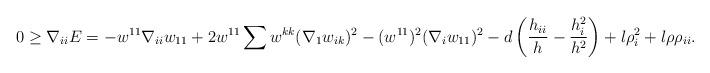
LaTeX: \begin{align*}0\geq \nabla_{ii}E&=-w^{11}\nabla_{ii}w_{11}+2w^{11}\sum w^{kk}(\nabla_{1}w_{ik})^{2}-(w^{11})^{2}(\nabla_{i}w_{11})^{2}-d\left(\frac{h_{ii}}{h}-\frac{h^{2}_{i}}{h^{2}}\right)+l\rho^{2}_{i}+l\rho \rho_{ii}.\end{align*}